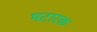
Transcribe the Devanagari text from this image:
भटारक